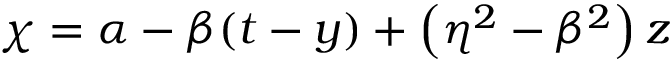
\chi = \alpha - \beta ( t - y ) + \left( \eta ^ { 2 } - \beta ^ { 2 } \right) z